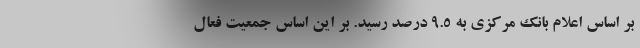
بر اساس اعلام بانک مرکزی به ۹.۵ درصد رسید. بر این اساس جمعیت فعال